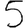
Digit: 5